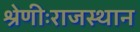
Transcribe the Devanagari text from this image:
श्रेणीःराजस्थान